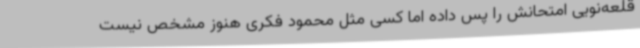
قلعه‌نویی امتحانش را پس داده اما کسی مثل محمود فکری هنوز مشخص نیست